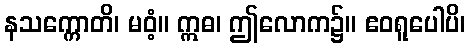
နသက္ကောတိ၊ မဝံ့။ ဣဓ၊ ဤလောက၌။ ဧဝရူပေါပိ၊